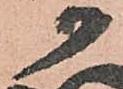
か